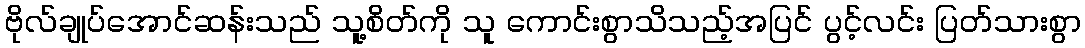
ဗိုလ်ချုပ်အောင်ဆန်းသည် သူ့စိတ်ကို သူ ကောင်းစွာသိသည့်အပြင် ပွင့်လင်း ပြတ်သားစွာ